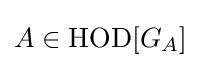
A\in {\text{HOD}}[G_{A}]